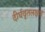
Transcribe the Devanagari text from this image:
दीर्घवृतलक्षण